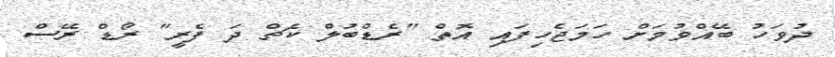
ދުވަހު ބޭއްވުމަށް ހަމަޖެހިފައި އޮތް "ރެޑްބުލް ކެޗް ދަ ފެރީ" ރޯޑް ރޭސް